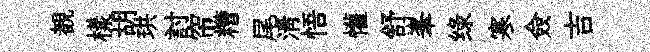
覩樣胡珙討帘糟尾淸悟懽舒峯绿寒僉吉